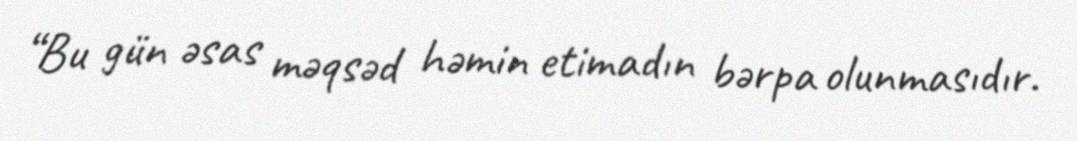
“Bu gün əsas məqsəd həmin etimadın bərpa olunmasıdır.